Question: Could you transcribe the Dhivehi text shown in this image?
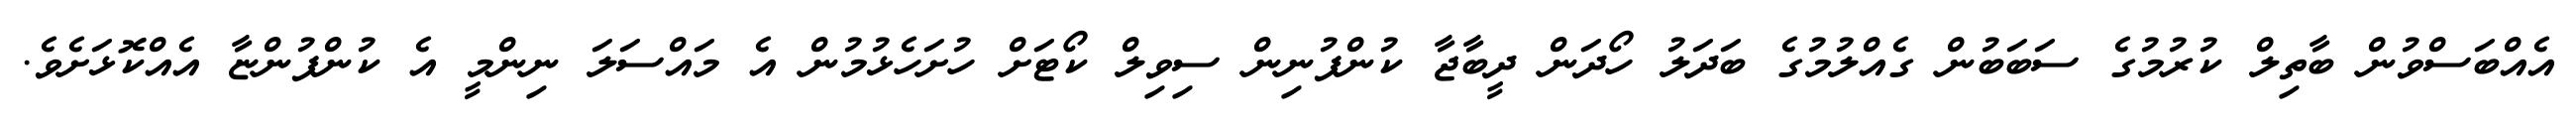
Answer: އެއްބަސްވުން ބާތިލް ކުރުމުގެ ސަބަބުން ގެއްލުމުގެ ބަދަލު ހޯދަން ދީބާޖާ ކުންފުނިން ސިވިލް ކޯޓަށް ހުށަހެޅުމުން އެ މައްސަލަ ނިންމީ އެ ކުންފުންޏާ އެއްކޮޅަށެވެ.